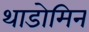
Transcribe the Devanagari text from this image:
थाडोमिन